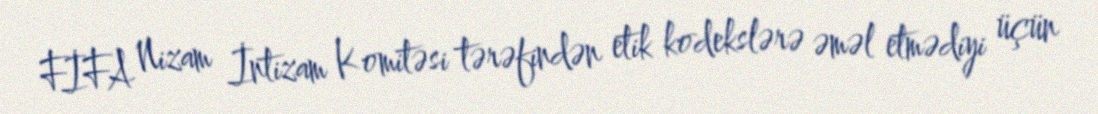
FİFA Nizam İntizam Komitəsi tərəfindən etik kodekslərə əməl etmədiyi üçün